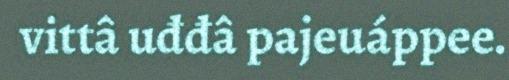
vittâ uđđâ pajeuáppee.